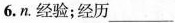
6. n. 经验；经历___